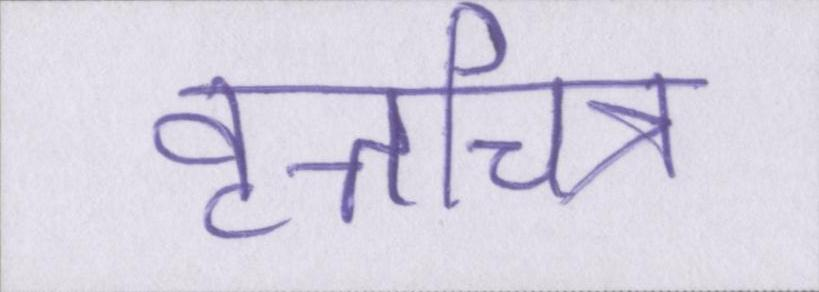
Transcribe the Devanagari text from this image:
वृत्तचित्र